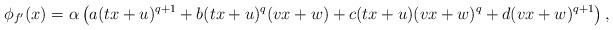
LaTeX: \begin{align*}\phi_{f'}(x) = \alpha \left( a (tx+u)^{q+1} + b (tx+u)^q (vx+w) + c(tx+u) (vx+w)^q + d (vx+w)^{q+1} \right),\end{align*}